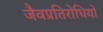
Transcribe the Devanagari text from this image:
जैवप्रतिरोधियों